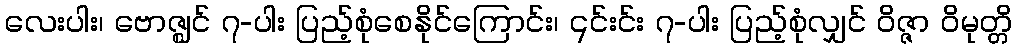
လေးပါး၊ ဗောဇ္ဈင် ၇-ပါး ပြည့်စုံစေနိုင်ကြောင်း၊ ၎င်းင်း ၇-ပါး ပြည့်စုံလျှင် ဝိဇ္ဇာ ဝိမုတ္တိ